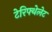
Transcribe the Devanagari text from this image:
टेरिफ्थेलेट